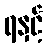
ရနှင့်